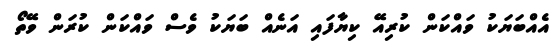
އެއްބަޔަކު ވައްކަން ކުރިއޭ ކިޔާފައި އަނެއް ބަޔަކު ވެސް ވައްކަން ކުރަން ވޭތޯ